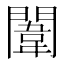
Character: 闈